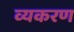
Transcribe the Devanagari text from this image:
व्यकरण